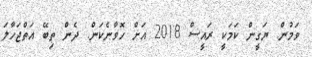
ވަމުން. ޔަގީން ކަމަކީ ރައީސް 2018 އަށް ހޮވާނެކަން. ދެން ތިބޭ އަތްޖަހާލަ